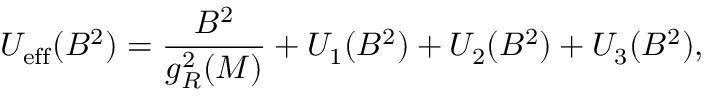
U _ { \mathrm { e f f } } ( B ^ { 2 } ) = \frac { B ^ { 2 } } { g _ { R } ^ { 2 } ( M ) } + U _ { 1 } ( B ^ { 2 } ) + U _ { 2 } ( B ^ { 2 } ) + U _ { 3 } ( B ^ { 2 } ) ,